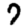
Digit: 7